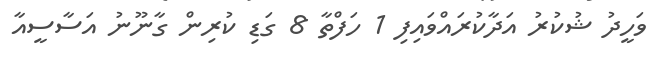
ވަހީދު ޝުކުރު އަދާކުރައްވައިފި 1 ހަފްތާ 8 ގަޑި ކުރިން ގާނޫނު އަސާސީއާ